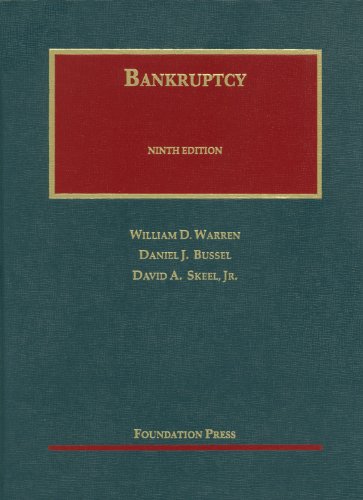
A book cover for Bankruptcy (University Casebook Series); William Warren; Law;